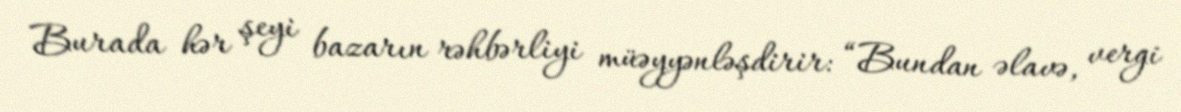
Burada hər şeyi bazarın rəhbərliyi müəyyənləşdirir: “Bundan əlavə, vergi